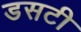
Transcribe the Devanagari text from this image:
डसटी